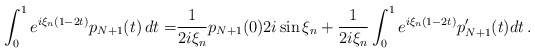
\begin{align*}\int_0^1 e^{i\xi_n(1-2t)}p_{N+1}(t)\,dt = & \frac{1}{2i\xi_n}p_{N+1}(0) 2i \sin\xi_n + \frac{1}{2i\xi_n}\int_0^1 e^{i\xi_n(1-2t)}p_{N+1}'(t)dt \, .\end{align*}